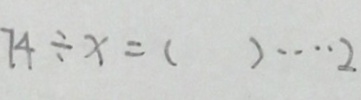
7 4 \div x = ( ) \cdots 2